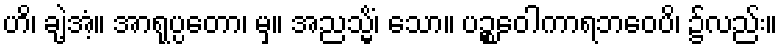
ဟိ၊ ချဲ့အံ့။ အာရုပ္ပတော၊ မှ။ အညသ္မိံ၊ သော။ ပဉ္စဝေါကာရဘဝေပိ၊ ၌လည်း။